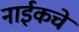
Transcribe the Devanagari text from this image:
नाईकचे